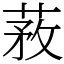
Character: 䓮